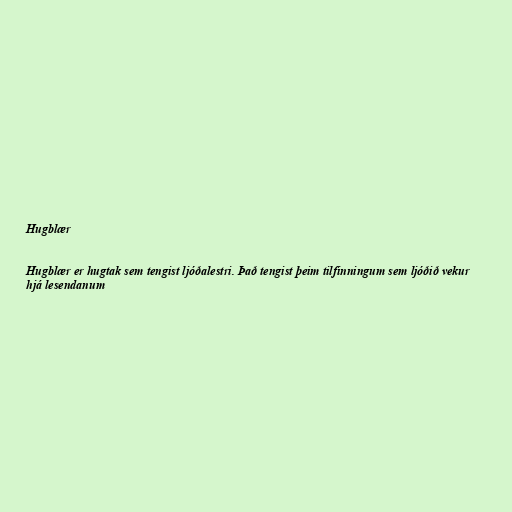
Hugblær

Hugblær er hugtak sem tengist ljóðalestri. Það tengist þeim tilfinningum sem ljóðið vekur
hjá lesendanum